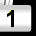
Digit: 1